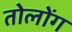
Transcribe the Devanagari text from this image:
तोलोंग